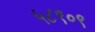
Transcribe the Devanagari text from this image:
५८९०९